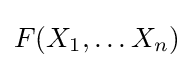
F(X_{1},\dots X_{n})